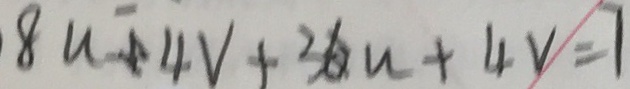
8 u + 4 v + 3 6 u + 4 v = 7